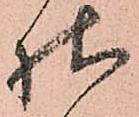
拙